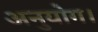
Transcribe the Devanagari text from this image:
अनुयोग।